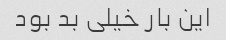
این بار خیلی بد بود